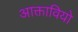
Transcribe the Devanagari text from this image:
आक्तावियो